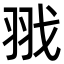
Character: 𦐂